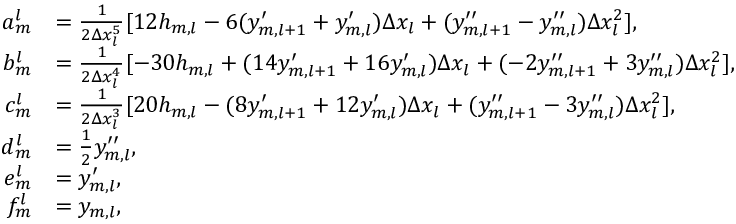
\begin{array} { r l } { a _ { m } ^ { l } } & { = \frac { 1 } { 2 \Delta x _ { l } ^ { 5 } } [ 1 2 h _ { m , l } - 6 ( y _ { m , l + 1 } ^ { \prime } + y _ { m , l } ^ { \prime } ) \Delta x _ { l } + ( y _ { m , l + 1 } ^ { \prime \prime } - y _ { m , l } ^ { \prime \prime } ) \Delta x _ { l } ^ { 2 } ] , } \\ { b _ { m } ^ { l } } & { = \frac { 1 } { 2 \Delta x _ { l } ^ { 4 } } [ - 3 0 h _ { m , l } + ( 1 4 y _ { m , l + 1 } ^ { \prime } + 1 6 y _ { m , l } ^ { \prime } ) \Delta x _ { l } + ( - 2 y _ { m , l + 1 } ^ { \prime \prime } + 3 y _ { m , l } ^ { \prime \prime } ) \Delta x _ { l } ^ { 2 } ] , } \\ { c _ { m } ^ { l } } & { = \frac { 1 } { 2 \Delta x _ { l } ^ { 3 } } [ 2 0 h _ { m , l } - ( 8 y _ { m , l + 1 } ^ { \prime } + 1 2 y _ { m , l } ^ { \prime } ) \Delta x _ { l } + ( y _ { m , l + 1 } ^ { \prime \prime } - 3 y _ { m , l } ^ { \prime \prime } ) \Delta x _ { l } ^ { 2 } ] , } \\ { d _ { m } ^ { l } } & { = \frac { 1 } { 2 } y _ { m , l } ^ { \prime \prime } , } \\ { e _ { m } ^ { l } } & { = y _ { m , l } ^ { \prime } , } \\ { f _ { m } ^ { l } } & { = y _ { m , l } , } \end{array}